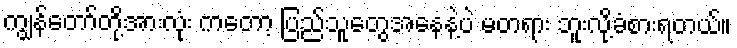
ကျွန်တော်တို့အားလုံး ကတော့ ပြည်သူတွေအနေနဲ့ပဲ မတရား ဘူးလို့ခံစားရတယ်။